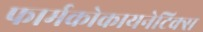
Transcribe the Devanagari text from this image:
फार्मकोकायनेटिक्स